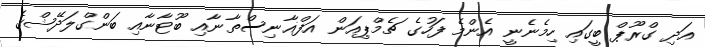
އަދި ގްރޫޕް ބީގައި ހިމެނެނީ އެންމެ ފަހުގެ ޗެމްޕިއަން އަފްޣާނިސްތާނާއި ބޫޓާނާއި ބަންގްލަދޭޝްގެ